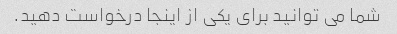
شما می توانید برای یکی از اینجا درخواست دهید.